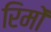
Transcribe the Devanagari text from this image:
रिमों